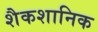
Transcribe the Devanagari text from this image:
शैकशानिक